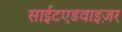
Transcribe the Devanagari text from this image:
साईटएडवाइज़र